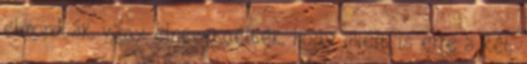
elmondták, vagy elnevetgélték, hogy miért is erre a két